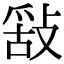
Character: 𢽿